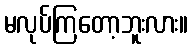
မလုပ်ကြတော့ဘူးလား။